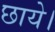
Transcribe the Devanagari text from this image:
छाये।